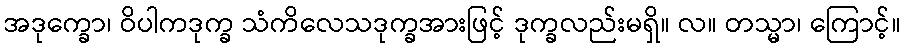
အဒုက္ခော၊ ဝိပါကဒုက္ခ သံကိလေသဒုက္ခအားဖြင့် ဒုက္ခလည်းမရှိ။ လ။ တသ္မာ၊ ကြောင့်။